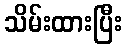
သိမ်းထားပြီး